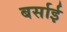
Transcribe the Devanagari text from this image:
बर्साई